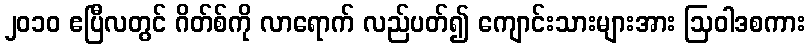
၂၀၁၀ ဧပြီလတွင် ဂိတ်စ်ကို လာရောက် လည်ပတ်၍ ကျောင်းသားများအား ဩဝါဒစကား